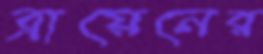
ব্রায়েনের